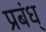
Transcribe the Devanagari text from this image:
प्रबंध्